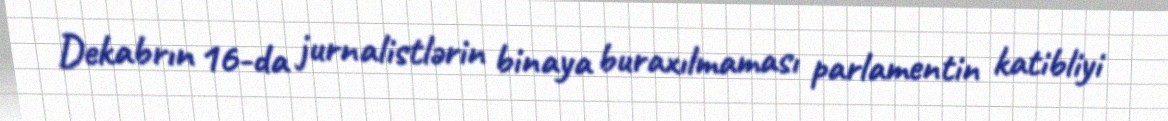
Dekabrın 16-da jurnalistlərin binaya buraxılmaması parlamentin katibliyi